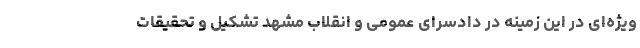
ویژه‌ای در این زمینه در دادسرای عمومی و انقلاب مشهد تشکیل و تحقیقات